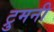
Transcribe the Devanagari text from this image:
ट्रुमनी